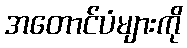
အတောင်ပံများကို